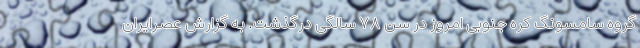
گروه سامسونگ کره جنوبی امروز در سن ۷۸ سالگی درگذشت. به گزارش عصرایران